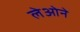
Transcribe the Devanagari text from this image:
लेओने